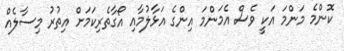
ކޮންމެ މަންމަ އަކީ ވެސް އެމަންމަ އިންގެ އަޅާލުމާއި އޯގާތެރިކަމަށް އިތުރު މިސާލެއް